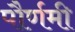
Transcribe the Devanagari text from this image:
पौर्णमी